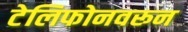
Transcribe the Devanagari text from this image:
टेलिफोनवरून